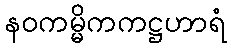
နဝကမ္မိကကဋ္ဌဟာရံ